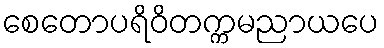
စေတောပရိဝိတက္ကမညာယပေ